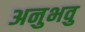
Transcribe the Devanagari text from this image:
अनुभवु